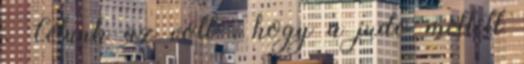
. Célunk az volt , hogy a judo mellett